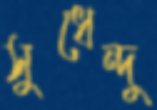
সুধেন্দু